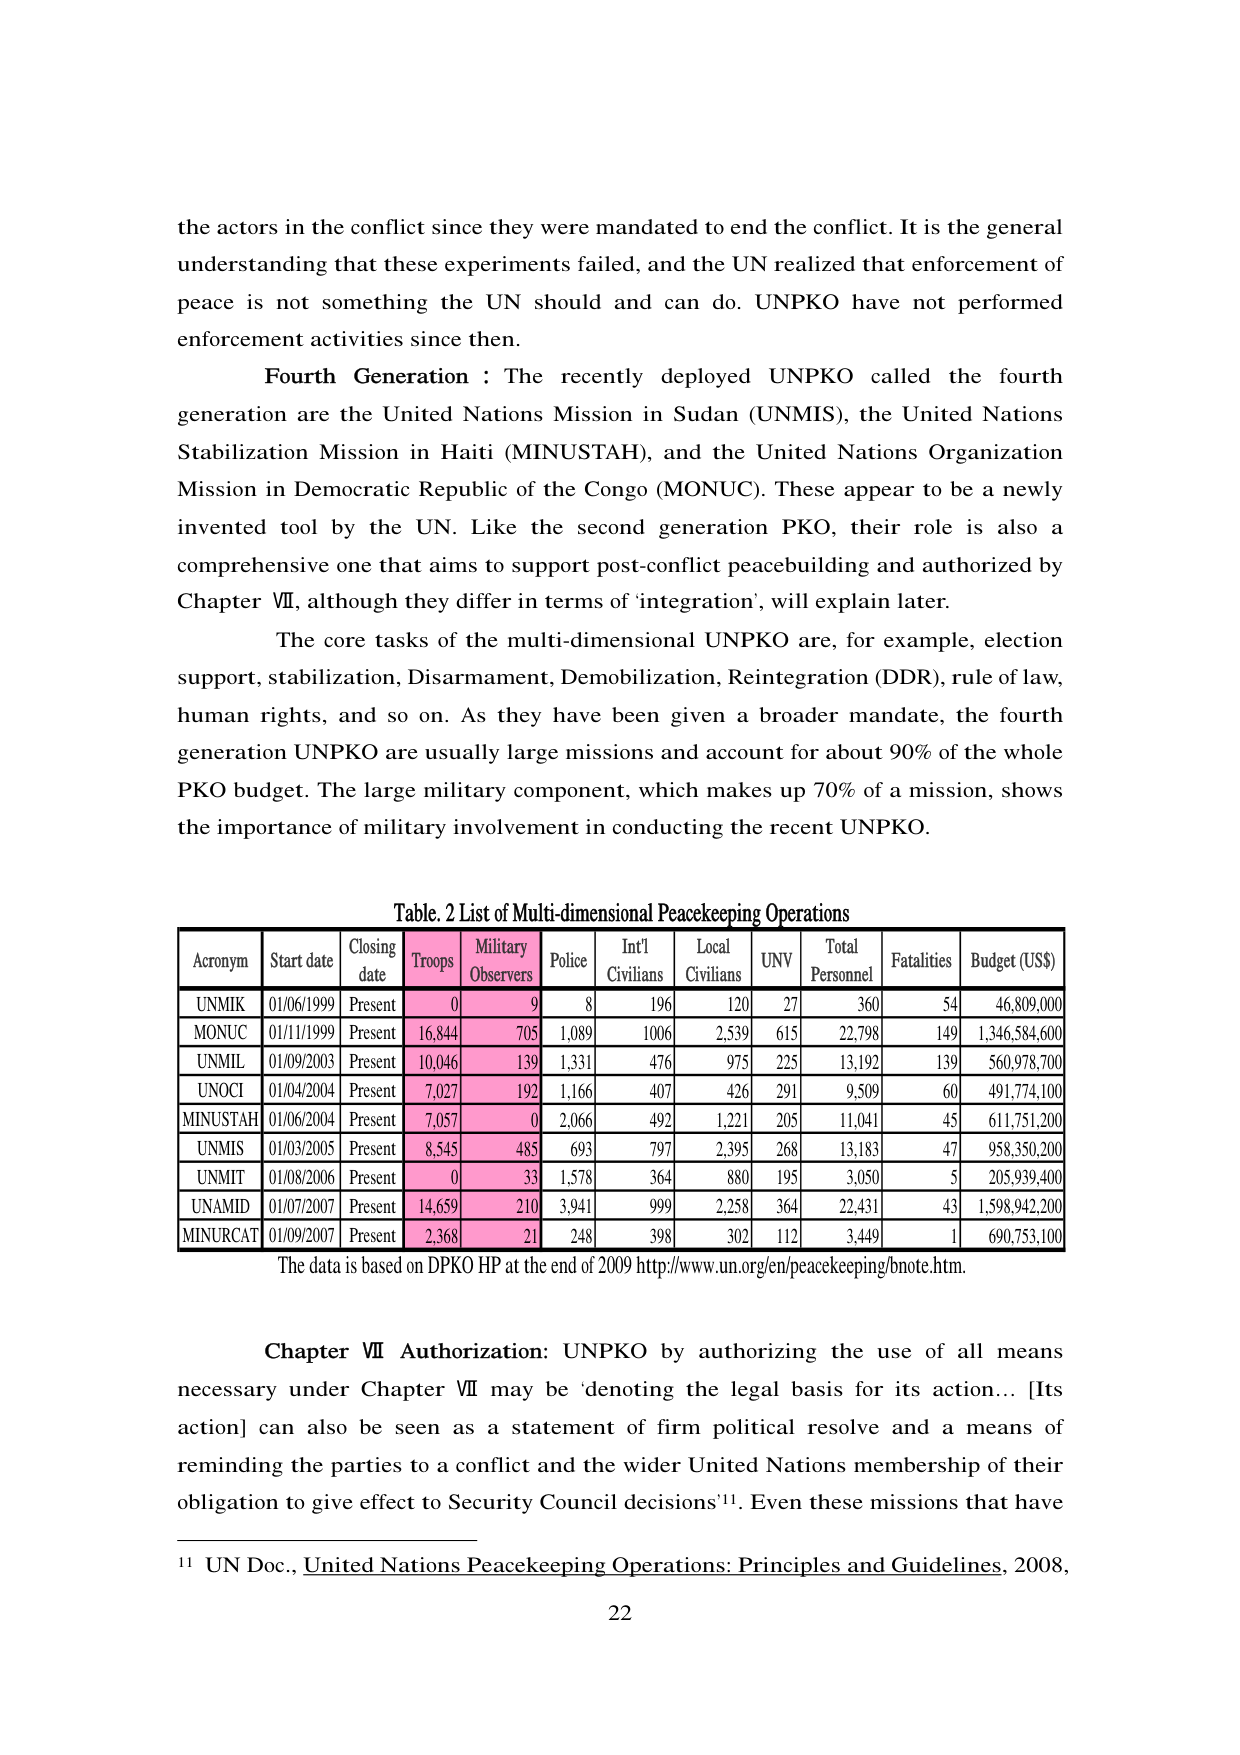
the actors in the conflict since they were mandated to end the conflict. It is the general understanding that these experiments failed, and the UN realized that enforcement of peace is not something the UN should and can do. UNPKO have not performed enforcement activities since then.

Fourth Generation : The recently deployed UNPKO called the fourth generation are the United Nations Mission in Sudan (UNMIS), the United Nations Stabilization Mission in Haiti (MINUSTAH), and the United Nations Organization Mission in Democratic Republic of the Congo (MONUC). These appear to be a newly invented tool by the UN. Like the second generation PKO, their role is also a comprehensive one that aims to support post-conflict peacebuilding and authorized by Chapter VII, although they differ in terms of 'integration', will explain later.

The core tasks of the multi-dimensional UNPKO are, for example, election support, stabilization, Disarmament, Demobilization, Reintegration (DDR), rule of law, human rights, and so on. As they have been given a broader mandate, the fourth generation UNPKO are usually large missions and account for about 90% of the whole PKO budget. The large military component, which makes up 70% of a mission, shows the importance of military involvement in conducting the recent UNPKO.

Table. 2 List of Multi-dimensional Peacekeeping Operations

| Acronym | Start date | Closing date | Troops | Military Observers | Police | Int'l Civilians | Local Civilians | UNV | Total Personnel | Fatalities | Budget (US$) |
|---------|------------|--------------|--------|--------------------|--------|------------------|------------------|-----|------------------|------------|--------------|
| UNMIK   | 01/06/1999 | Present      | 0      | 9                  | 8      | 196              | 120              | 27  | 360              | 54         | 46,809,000   |
| MONUC   | 01/11/1999 | Present      | 16,844 | 705                | 1,089  | 1006             | 2,539            | 615 | 22,798           | 149        | 1,346,584,600|
| UNMIL   | 01/09/2003 | Present      | 10,046 | 139                | 1,331  | 476              | 975              | 225 | 13,192           | 139        | 560,978,700  |
| UNOCI   | 01/04/2004 | Present      | 7,027  | 192                | 1,166  | 407              | 426              | 291 | 9,509            | 60         | 491,774,100  |
| MINUSTAH| 01/06/2004 | Present      | 7,057  | 0                  | 2,066  | 492              | 1,221            | 205 | 11,041           | 45         | 611,751,200  |
| UNMIS   | 01/03/2005 | Present      | 8,545  | 485                | 693    | 797              | 2,395            | 268 | 13,183           | 47         | 958,350,200  |
| UNMIT   | 01/08/2006 | Present      | 0      | 33                 | 1,578  | 364              | 880              | 195 | 3,050            | 5          | 205,939,400  |
| UNAMID  | 01/07/2007 | Present      | 14,659 | 210                | 3,941  | 999              | 2,258            | 364 | 22,431           | 43         | 1,598,942,200|
| MINURCAT| 01/09/2007 | Present      | 2,368  | 21                 | 248    | 398              | 302              | 112 | 3,449            | 1          | 690,753,100  |

The data is based on DPKO HP at the end of 2009 http://www.un.org/en/peacekeeping/bnote.htm.

Chapter VII Authorization: UNPKO by authorizing the use of all means necessary under Chapter VII may be 'denoting the legal basis for its action... [Its action] can also be seen as a statement of firm political resolve and a means of reminding the parties to a conflict and the wider United Nations membership of their obligation to give effect to Security Council decisions'¹¹. Even these missions that have

¹¹ UN Doc., United Nations Peacekeeping Operations: Principles and Guidelines, 2008,

22